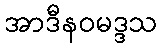
အာဒီနဝမဒ္ဒသ